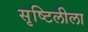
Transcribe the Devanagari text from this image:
सृष्टिलीला